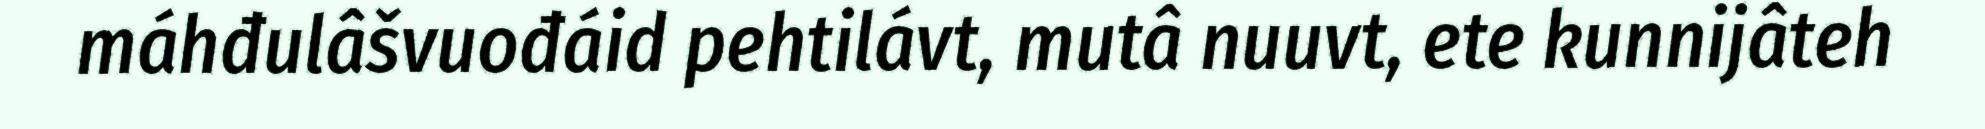
máhđulâšvuođáid pehtilávt, mutâ nuuvt, ete kunnijâteh